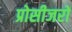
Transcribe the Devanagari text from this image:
प्रोसीजरों